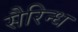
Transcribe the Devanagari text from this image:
सैरिन्ध